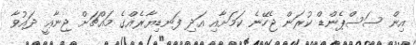
އިން ސަސްޕެންޑް ކުރަން ޖެހޭނެ ކަމަށާއި އަދި ފަނޑިޔާރެއްގެ މައްޗަށް ޖިނާޢީ ދައުވާ